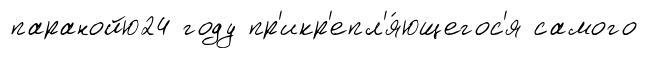
паранойю24 году пр'икр'епл'я́ющегос'я самого